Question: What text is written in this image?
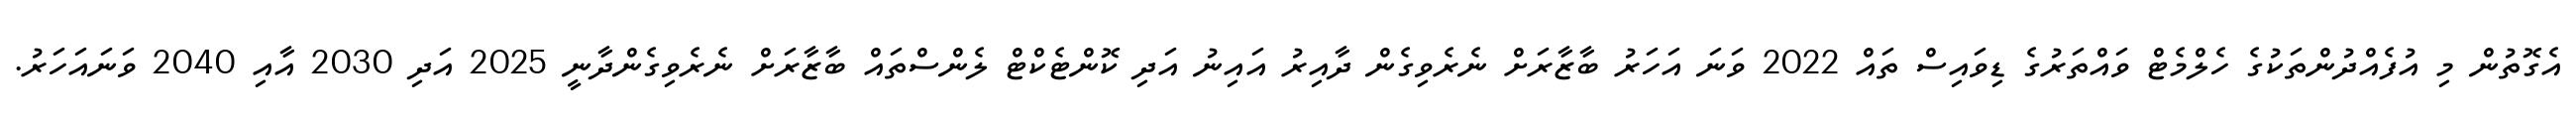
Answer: އެގޮތުން މި އުފެއްދުންތަކުގެ ހެލްމެޓް ވައްތަރުގެ ޑިވައިސް ތައް 2022 ވަނަ އަހަރު ބާޒާރަށް ނެރެވިގެން ދާއިރު އައިނު އަދި ކޮންޓެކްޓް ލެންސްތައް ބާޒާރަށް ނެރެވިގެންދާނީ 2025 އަދި 2030 އާއި 2040 ވަނައަހަރު.